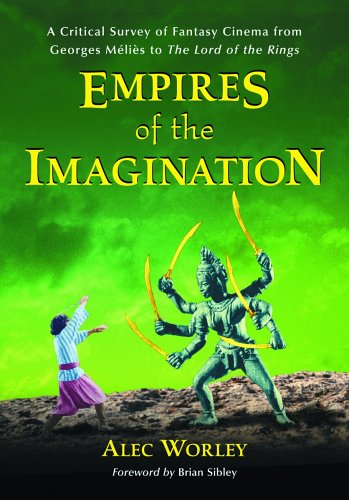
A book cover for Empires of the Imagination: A Critical Survey of Fantasy Cinema from Georges Melies to the Lord of the Rings; Alec Worley; Science Fiction & Fantasy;